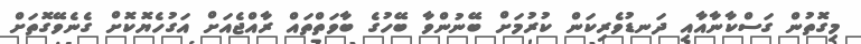
މިގޮތުން ގަސްކާނާއާއި ދަނޑުވެރިކަން ކުރުމަށް ބޭނުންވާ ބޭހުގެ ބާވަތްތައް ރާއްޖެއަށް އަގުހެޔޮކޮށް ގެނެވޭގޮތަށް